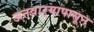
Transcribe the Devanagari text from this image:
ऊनवार्‍यापासून